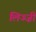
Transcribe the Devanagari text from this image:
लिज्ज़ी